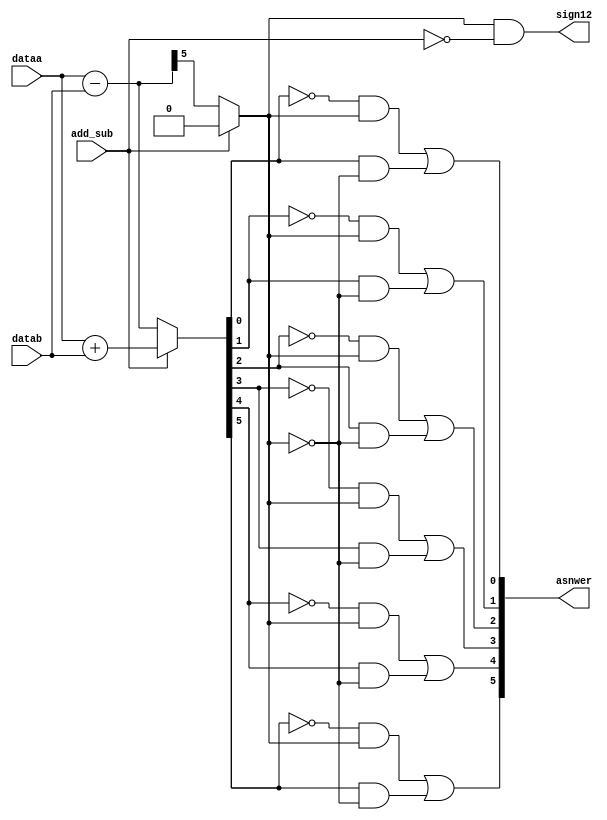

// iverilog addsub.v addsub_tb.v -o pl1
// iverilog add12sub.v addsub_tb.v -o mit
//
// module addsubexp
// (
// 	input [4:0] dataa,
// 	input [4:0] datab,
// 	input add_sub,	  // if this is 1, add; else subtract
// 	// input clk,
// 	// output reg selec1,
// 	output sign12,//output is 1 then negative(answer is 1 less) else positive
// 	output [5:0]asnwer
// );

module addsubexp(dataa,datab,add_sub,sign12,asnwer);
input [4:0] dataa;
input [4:0] datab;
input add_sub;	  // if this is 1; add; else subtract
// input clk,
// output reg selec1,
output sign12;//output is 1 then negative(answer is 1 less) else positive
output [5:0]asnwer;

reg [5:0] result;
reg selec1;
// reg [4:0]tmptobeadded = 5'b00001;
// assign add_sub = 1'b0;
	// always @ (posedge clk)
	always @(*)
	begin
		if (add_sub)
			begin
			result = dataa + datab;
			selec1 = 0;
			end
			// self
		else
			// result <= dataa - datab;
			begin
			result = dataa - datab;

			selec1 = 1&result[5];
			end
			// always @ ( result )
			// begin
			//
			// if (result>256)
			// begin
			// 	result = -result;
			// end
			// end

	end
	// always @ ( result ) begin
	 assign asnwer[0] = !result[0]&&selec1||result[0]&&!selec1;
	 assign asnwer[1] = !result[1]&&selec1||result[1]&&!selec1;
	 assign asnwer[2] = !result[2]&&selec1||result[2]&&!selec1;
	 assign asnwer[3] = !result[3]&&selec1||result[3]&&!selec1;
	 assign asnwer[4] = !result[4]&&selec1||result[4]&&!selec1;
	 assign asnwer[5] = !result[5]&&selec1||result[5]&&!selec1;
	 // assign asnwer[6] = !result[6]&&selec1||result[6]&&!selec1;
	 // assign asnwer[7] = !result[7]&&selec1||result[7]&&!selec1;
	 // assign asnwer[8] = !result[8]&&selec1||result[8]&&!selec1;



	// end
	// if ((selec1&&!add_sub)==1)
	// begin
	// 		assign  answer = -result;
	// // 		result = -result;
	// 	// asnwer = asnwer+tmptobeadded;
	// end

	assign sign12 = selec1&&!add_sub;


endmodule